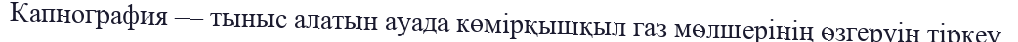
Капнография — тыныс алатын ауада көмірқышқыл газ мөлшерінің өзгеруін тіркеу.